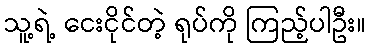
သူ့ရဲ့ ငေးငိုင်တဲ့ ရုပ်ကို ကြည့်ပါဦး။